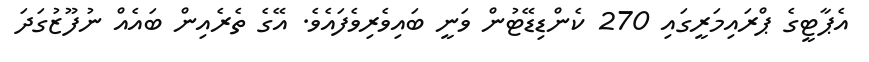
އެޕާޓީގެ ޕްރައިމަރީގައި 270 ކެންޑިޑޭޓުން ވަނީ ބައިވެރިވެފައެވެ. އޭގެ ތެރެއިން ބައެއް ނުފޫޒުގަދަ